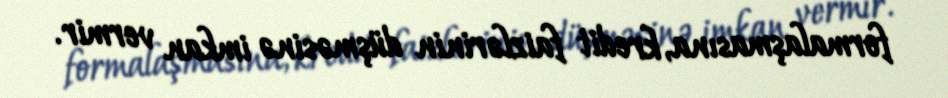
formalaşmasına, kredit faizlərinin düşməsinə imkan vermir.